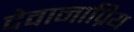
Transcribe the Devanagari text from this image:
देवानाप्रिय